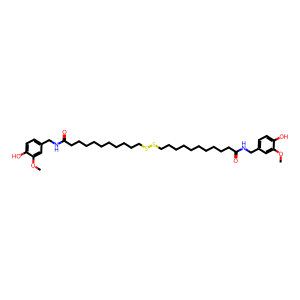
SMILES: COc1cc(CNC(=O)CCCCCCCCCCSSCCCCCCCCCCC(=O)NCc2ccc(O)c(OC)c2)ccc1O
Inhibits HIV replication: No